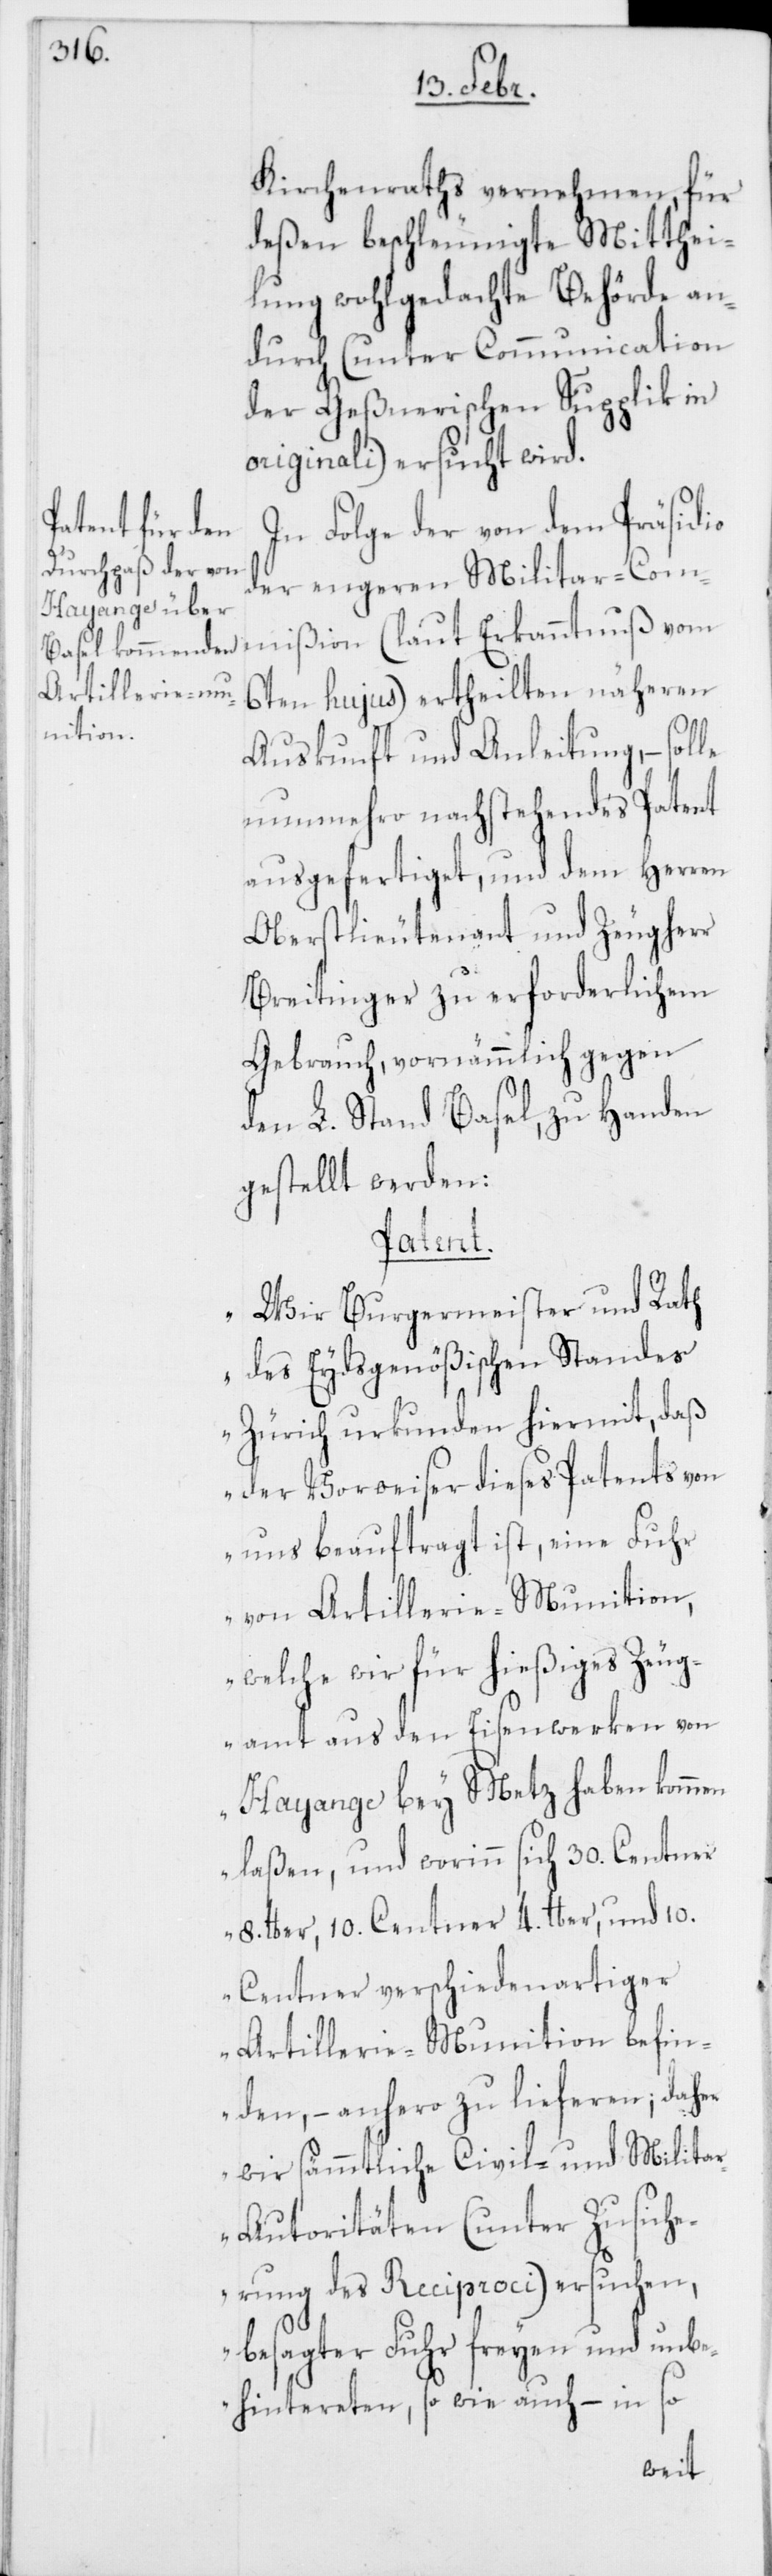
Kirchenraths vernehmen, für
deßen beschleunigte Mitthei¬
lung wohlgedachte Behörde an¬
durch (unter Communication
der Geßnerischen Supplik in
originali) ersucht wird.
In Folge der von dem Präsidio
der engeren Militar-Com¬
mißion (laut Erkanntnuß vom
6ten hujus) ertheilten näheren
Auskunft und Anleitung, – solle
nunmehro nachstehendes Patent
ausgefertiget, und dem Herren
Oberstlieutenant und Zeugherr
Breitinger zu erforderlichem
Gebrauch, vornämmlich gegen
den L. Stand Basel, zu Handen
gestellt werden:
Patent.
„Wir Burgermeister und Rath
des Eydsgenößischen Standes
Zürich urkunden hiermit, daß
der Vorweiser dieses Patents von
uns beauftragt ist, eine Fuhr
von Artillerie-Munition,
welche wir für hießiges Zeug¬
amt aus den Eisenwerken von
Hayange bey Metz haben kommen
laßen, und worinn sich 30. Centner
8. lber, 10. Centner 4. lber, und 10.
Centner verschiedenartiger
Artillerie-Munition befin¬
den, – anhero zu lieferen; daher
wir sämmtliche Civil- und Milita¬
r-Autoritäten (unter Zusiche¬
rung des Reciproci) ersuchen,
besagter Fuhr freyen und unge¬
hintereten, so wie auch – in so